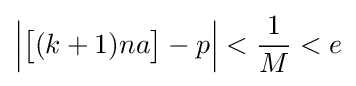
{\Bigl |}{\bigl [}(k+1)na{\bigr ]}-p{\Bigr |}<{\frac {1}{M}}<e